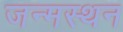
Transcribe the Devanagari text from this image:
जन्मस्थन